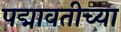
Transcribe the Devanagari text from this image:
पद्मावतीच्या